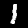
Label: 1